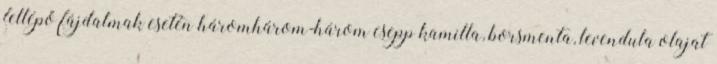
fellépő fájdalmak esetén háromhárom-három csepp kamilla, borsmenta, levendula olajat